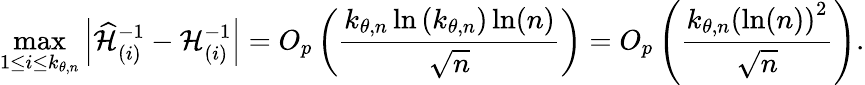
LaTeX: \operatorname*{max}_{1\leq i\leq k_{\theta,n}}\left\vert\widehat{\mathcal{H}}_{(i)}^{-1}-\mathcal{H}_{(i)}^{-1}\right\vert=O_{p}\left(\frac{k_{\theta,n}\ln\left(k_{\theta,n}\right)\ln(n)}{\sqrt{n}}\right)=O_{p}\left(\frac{k_{\theta,n}\left(\ln(n)\right)^{2}}{\sqrt{n}}\right).